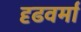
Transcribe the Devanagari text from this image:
दृढवर्मा